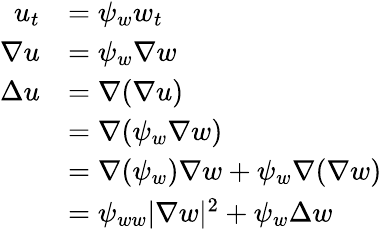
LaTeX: \begin{array}{rl}{u_{t}}&{=\psi_{w}w_{t}}\\ {\nabla u}&{=\psi_{w}\nabla w}\\ {\Delta u}&{=\nabla(\nabla u)}\\ &{=\nabla(\psi_{w}\nabla w)}\\ &{=\nabla(\psi_{w})\nabla w+\psi_{w}\nabla(\nabla w)}\\ &{=\psi_{ww}\lvert\nabla w\rvert^{2}+\psi_{w}\Delta w}\end{array}